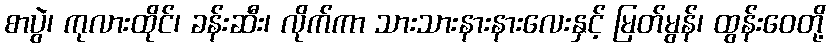
စာပွဲ၊ ကုလားထိုင်၊ ခန်းဆီး၊ လိုက်ကာ သားသားနားနားလေးနှင့် မြတ်မွန်၊ ထွန်းဝေတို့